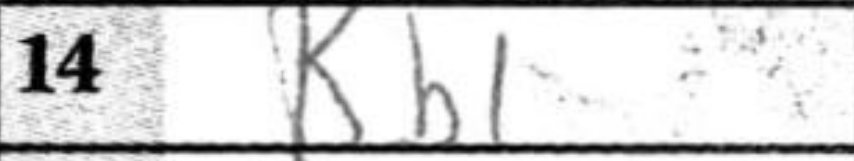
Transcription: Rb1